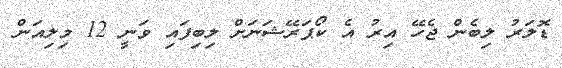
ޑޮލަރު ލިބެން ޖެހޭ އިރު އެ ކޯޕަރޭޝަނަށް ލިބިފައި ވަނީ 12 މިލިއަން